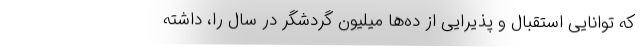
که توانایی استقبال و پذیرایی از ده‌ها میلیون گردشگر در سال را، داشته